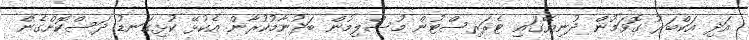
އަދި އަކްބަރު ގޮވަމުން ދުނިޔޭގައި ޓެރަރިސްޓުން މުސްލިމުން ބަދުނާމުކުރާން އެކުޅޭ ކުޅިގަނޑު ދަސްކޮށްގެން